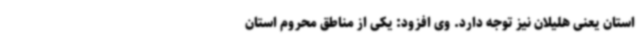
استان یعنی هلیلان نیز توجه دارد. وی افزود: یکی از مناطق محروم استان